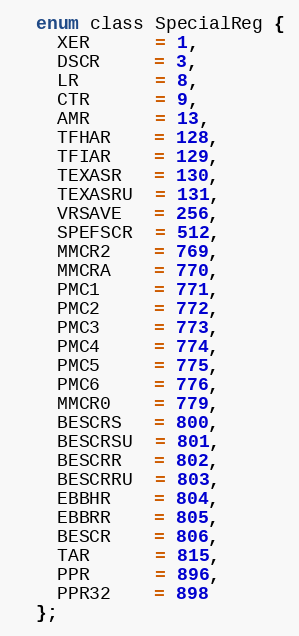
Language: C
  enum class SpecialReg {
    XER      = 1,
    DSCR     = 3,
    LR       = 8,
    CTR      = 9,
    AMR      = 13,
    TFHAR    = 128,
    TFIAR    = 129,
    TEXASR   = 130,
    TEXASRU  = 131,
    VRSAVE   = 256,
    SPEFSCR  = 512,
    MMCR2    = 769,
    MMCRA    = 770,
    PMC1     = 771,
    PMC2     = 772,
    PMC3     = 773,
    PMC4     = 774,
    PMC5     = 775,
    PMC6     = 776,
    MMCR0    = 779,
    BESCRS   = 800,
    BESCRSU  = 801,
    BESCRR   = 802,
    BESCRRU  = 803,
    EBBHR    = 804,
    EBBRR    = 805,
    BESCR    = 806,
    TAR      = 815,
    PPR      = 896,
    PPR32    = 898
  };